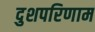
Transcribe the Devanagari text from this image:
दुशपरिणाम